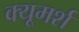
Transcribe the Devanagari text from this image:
क्यूमर्श